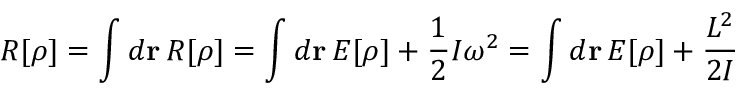
R [ \rho ] = \int d { \mathbf r } \, { \cal R } [ \rho ] = \int d { \mathbf r } \, { \cal E } [ \rho ] + \frac { 1 } { 2 } I \omega ^ { 2 } = \int d { \mathbf r } \, { \cal E } [ \rho ] + \frac { L ^ { 2 } } { 2 I }